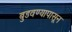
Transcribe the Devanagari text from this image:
बुडवण्यापासून